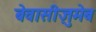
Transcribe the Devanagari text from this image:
बेवासीज़ुमेब